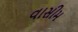
વાસીમ